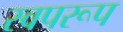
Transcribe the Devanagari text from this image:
स्वपरूप